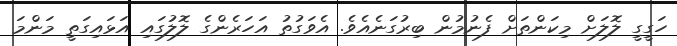
ހަގީގީ ލޮލަށް މިކަންތަށް ފެނުމުން ބިރުގަނެއެވެ. އެވަގުތު އަހަރެންގެ ލޮލުގައި އަޅައިގަތީ މަންމަ